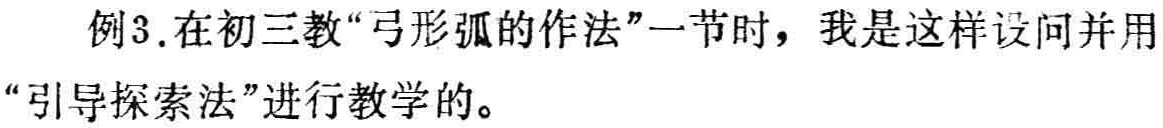
例3.在初三教“弓形弧的作法”一节时，我是这样设问并用“引导探索法”进行教学的。